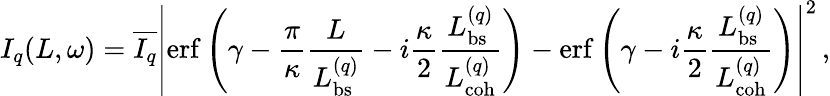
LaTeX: I_{q}(L,\omega)=\overline{{I_{q}}}\left|\mathrm{erf}\left(\gamma-\frac{\pi}{\kappa}\frac{L}{L_{\mathrm{bs}}^{(q)}}-i\frac{\kappa}{2}\frac{L_{\mathrm{bs}}^{(q)}}{L_{\mathrm{coh}}^{(q)}}\right)-\mathrm{erf}\left(\gamma-i\frac{\kappa}{2}\frac{L_{\mathrm{bs}}^{(q)}}{L_{\mathrm{coh}}^{(q)}}\right)\right|^{2}\, ,